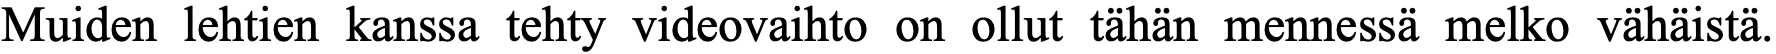
Muiden lehtien kanssa tehty videovaihto on ollut tähän mennessä melko vähäistä.